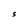
Character: S